Vabadussoja_Ajaloo_Komitee, lk 7
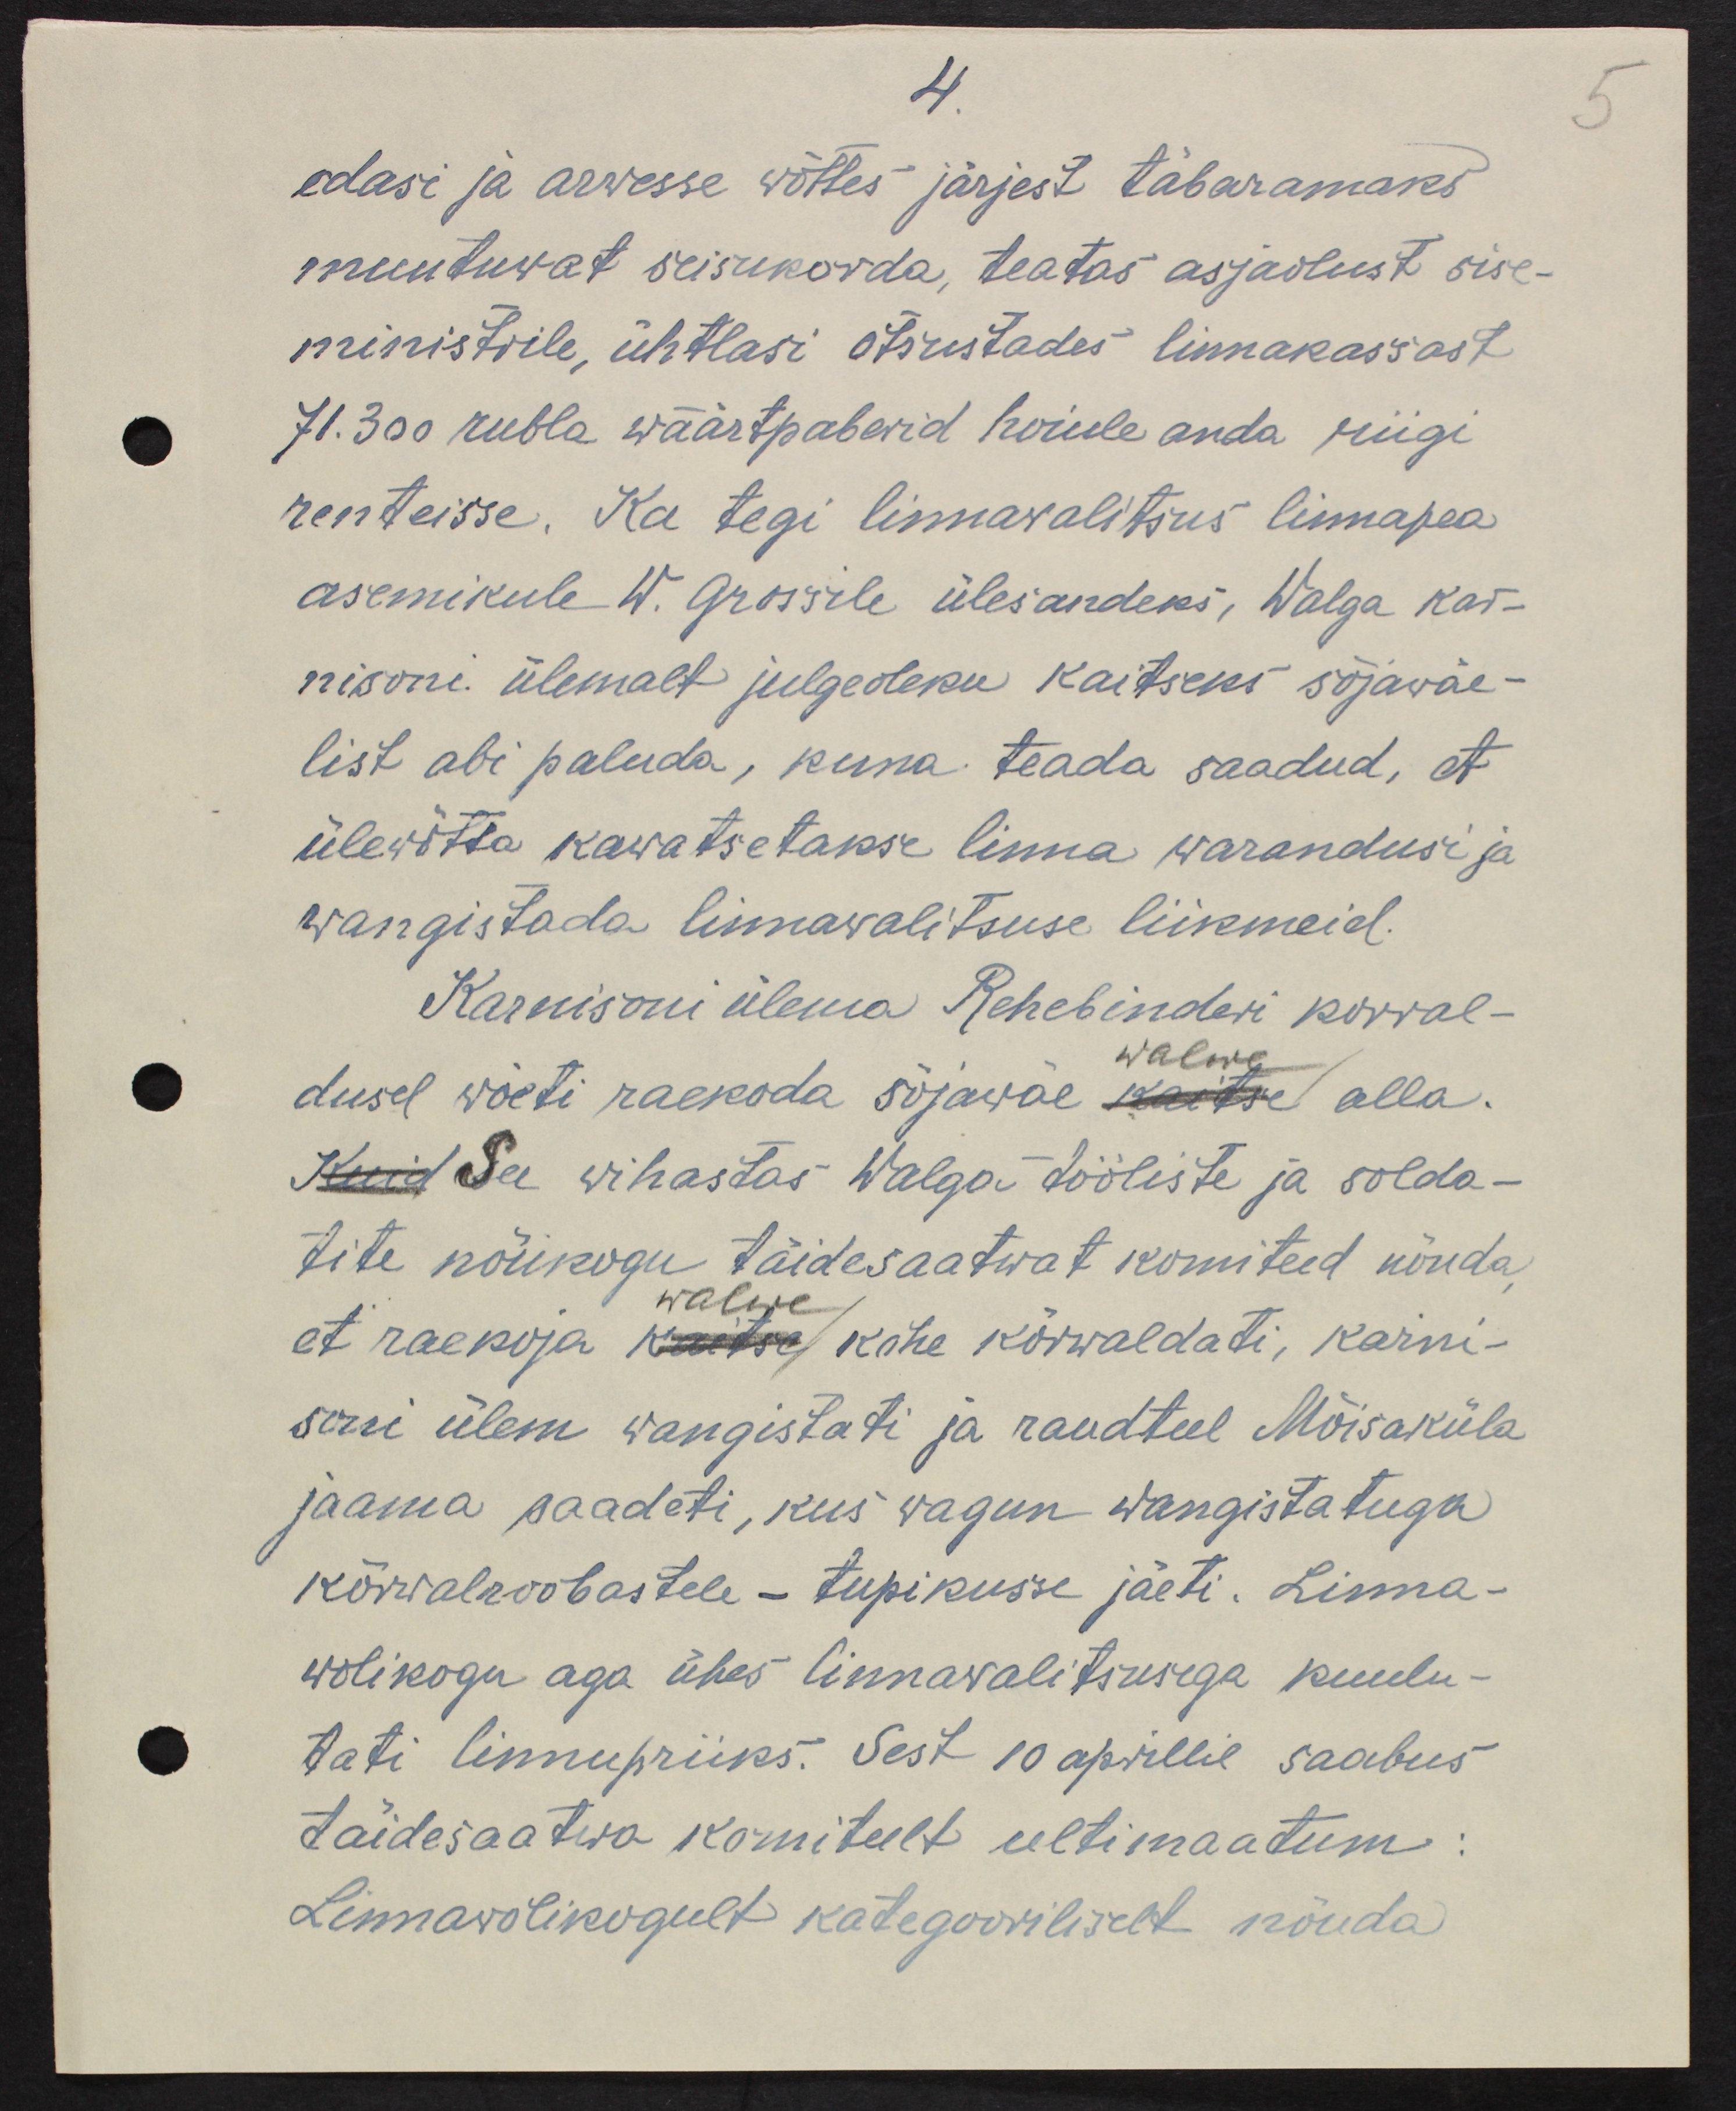
4
edasi ja arwesse wõttes järjest täbaramaks
muutuwat seisukorda, teatas asjaolust sise-
ministrile, ühtlasi otsustades linnakassast
71.300 rubla wäärtpaberid hoiule anda riigi 
renteisse. Ka tegi linnawalitsus linnapea
asemikule W. Grossile ülesandeks, Walga kar-
nisoni ülemalt julgeoleku kaitseks sõjawäe-
list abi paluda, kuna teada saadud, et 
ülevõtta kavatsetakse linna warandusi ja
wangistada linnawalitsuse liikmeid.
Karnisoni ülema Rehebinderi korral-
walwe
dusel wõeti raekoda sõjawäe kaitse alla.
Kuid See wihastas Walga tööliste ja solda-
tite nõukogu täidesaatwat komiteed nõnda,
walwe
et raekoja kaitse kohe kõrwaldati, karni-
soni ülem wangistati ja raudteel Mõisaküla
jaama saadeti, kus wagun wangistatuga
kõrwalroobastele - tupikusse jäeti. Linna-
wolikogu aga ühes linnawalitsusega kuulu-
tati linnupriiks. Sest 10 aprillil saabus
täidesaatwa komiteelt ultimaatum:
Linnawolikogult kategooriliselt nõuda